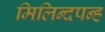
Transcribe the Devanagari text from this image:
मिलिन्दपन्ह